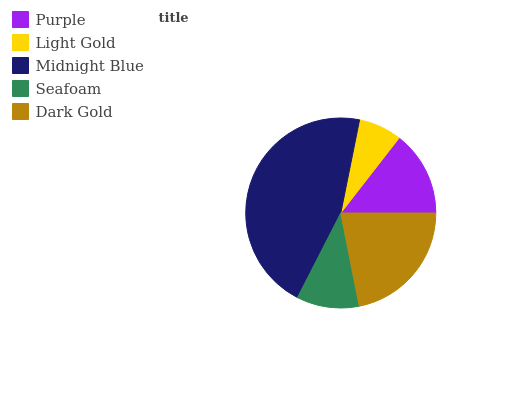
| Purple | Light Gold | Midnight Blue | Seafoam | Dark Gold |
 | --- | --- | --- | --- | --- |
 | 14.5% | 7.34% | 45.6% | 10.6% | 21.9% |